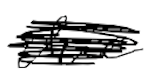
Text: due
Cross-out: scratch
Writing tool: digital_black